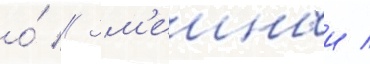
о́ // Зм'еиныи /